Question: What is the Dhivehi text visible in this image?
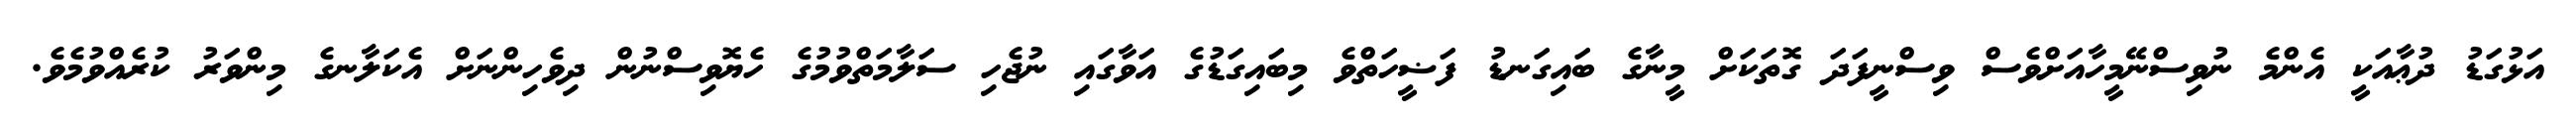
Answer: އަޅުގަޑު ދުޢާއަކީ އެންމެ ނުވިސްނޭމީހާއަށްވެސް ވިސްނީފަދަ ގޮތަކަށް މީނާގެ ބައިގަނޑު ފަޟީހަތްވެ މިބައިގަޑުގެ އަވާގައި ނުޖެހި ސަލާމަތްވުމުގެ ހެޔޮވިސްނުން ދިވެހިންނަށް އެކަލާނގެ މިންވަރު ކުރެއްވުމެވެ.